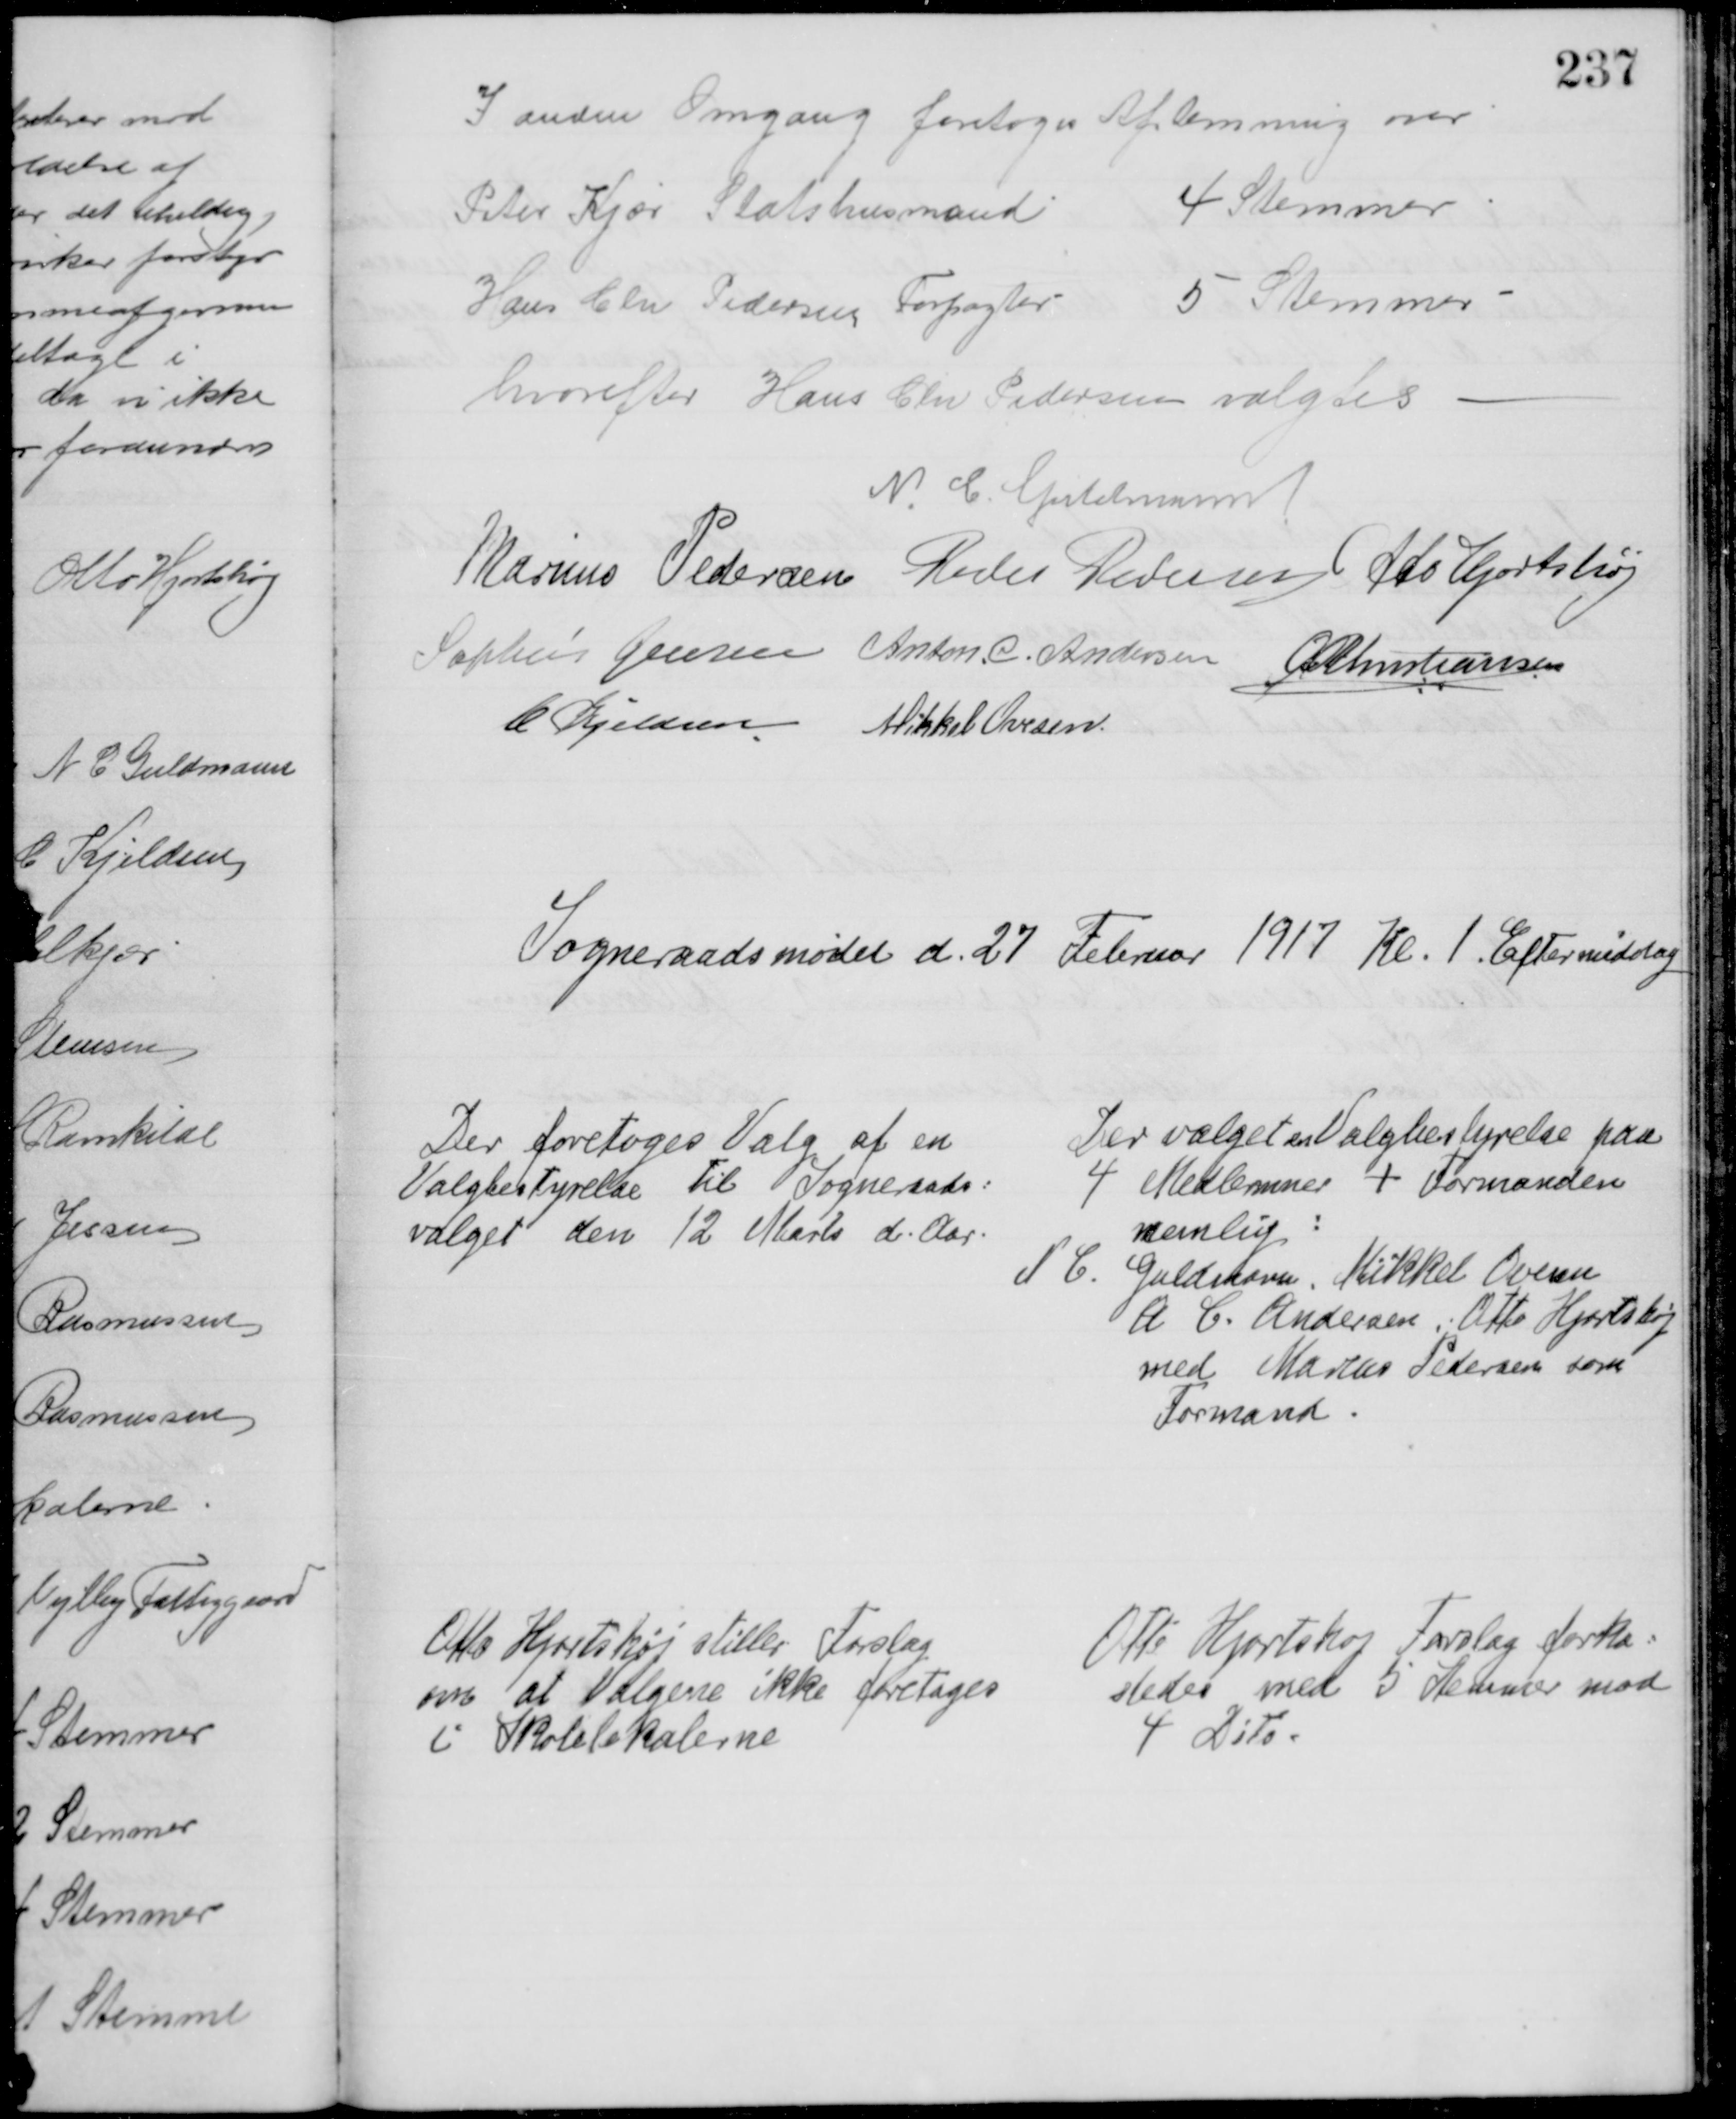
Transskription:
I anden Omgang foretoges Afstemning over 
Peter Kjær Statshusmand 4 Stemmer
Hans Chr Pedersen Forpagter 5 Stemmer
hvorefter Hans Chr Pedersen valgtes 
N. C. Guldmann
Marius Pedersen Peder Pedersen Otto Hjortshøj
Sophus Jensen Anton. C. Andersen A P Christiansen
C Kjeldsen Mikkel Ovesen
Sogneraadsmødet d. 27 Februar 1917 Kl. 1. Eftermiddag
Der foretoges Valg af en
Valgbestyrelse til Sogneraads=
valget den 12 Marts d. Aar.
Der valget en Valgbestyrelse paa
4 Medlemmer + Formanden
nemlig:
N C. Guldmann, Mikkel Ovesen
A. C. Andersen, Otto Hjortshøj
med Marius Pedersen som
Formand
Otto Hjortshøj stiller Forslag
om at Valgene ikke foretages
i Skolelokalerne
Otto Hjortshøj Forslag forka=
stedes med 5 Stemmer mod
4 Dito